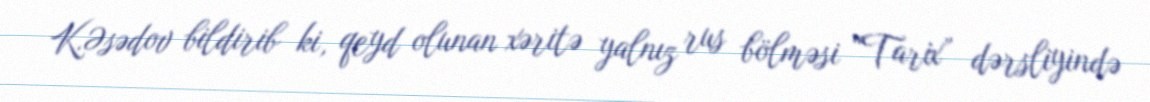
K.Əsədov bildirib ki, qeyd olunan xəritə yalnız rus bölməsi “Tarix” dərsliyində